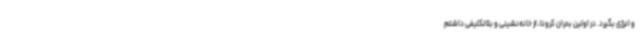
و انرژی بگیرد. در اولین بحران کرونا، از خانه‌نشینی و بلاتکلیفی داشتم